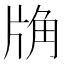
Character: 𧣉